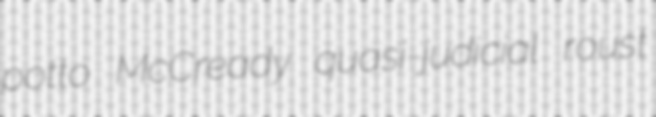
potto McCready quasi-judicial roust